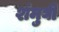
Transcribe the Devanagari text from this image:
शंमुघी